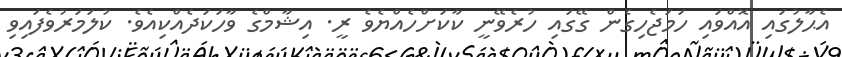
އެޙާލުގައި އޮއްވައި ހަމަޖެހިގެން ގޭގައި ހުރެވޭނީ ކާކަށްހެއްޔެވެ ރީ. އިޝާމްގެ ވާހަކަދެއްކިއެވެ. ކުލަމަރުވެފައިވި